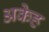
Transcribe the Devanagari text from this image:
अकेह